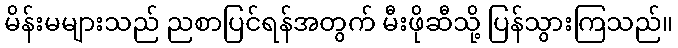
မိန်းမများသည် ညစာပြင်ရန်အတွက် မီးဖိုဆီသို့ ပြန်သွားကြသည်။